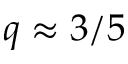
q \approx 3 / 5